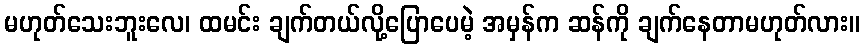
မဟုတ်သေးဘူးလေ၊ ထမင်း ချက်တယ်လို့ပြောပေမဲ့ အမှန်က ဆန်ကို ချက်နေတာမဟုတ်လား။